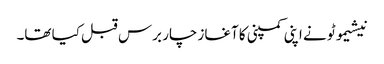
نیشیموٹو نے اپنی کمپنی کا آغاز چار برس قبل کیا تھا۔